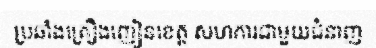
ប្រឆាំងគ្រឿងញៀនខេត្ត សហការជាមួយជំនាញ